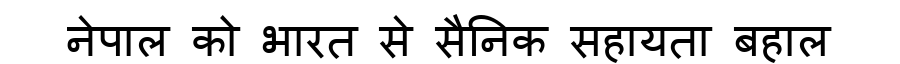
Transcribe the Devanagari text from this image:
नेपाल को भारत से सैनिक सहायता बहाल